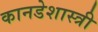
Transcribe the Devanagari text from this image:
कानडेशास्त्री